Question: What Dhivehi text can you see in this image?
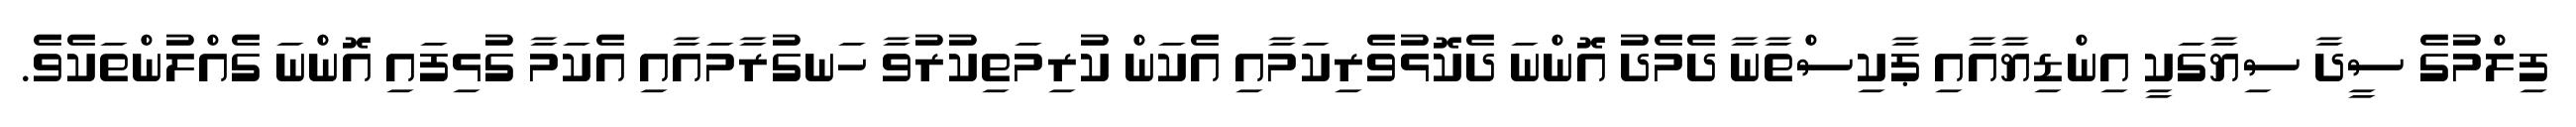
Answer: ފިލްމުގެ ސީދާ ސިޔާގަކީ އިންޑިޔާއާއި ޕާކިސްތާނާ ދެމެދު އޮންނަ ދެކޮޅުވެރިކަމާއި އެކަން ކުރިމަތިކުރުވާ ހަނގުރާމައާއި އެކަމާ ގުޅިފައި އޮންނަ ގެއްލުންތަކެވެ.